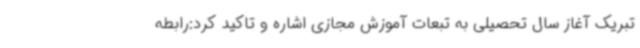
تبریک آغاز سال تحصیلی به تبعات آموزش مجازی اشاره و تاکید کرد:رابطه